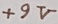
Text: +9V